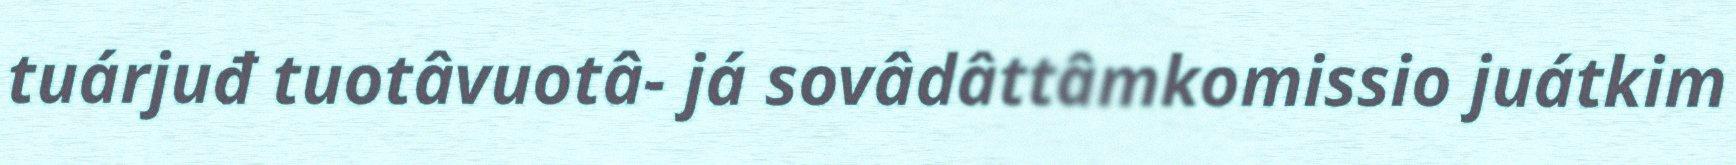
tuárjuđ tuotâvuotâ- já sovâdâttâmkomissio juátkim